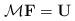
LaTeX: \begin{align*}\mathbf{\mathcal{{M}}} \mathbf{F} = \mathbf{U} \end{align*}